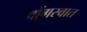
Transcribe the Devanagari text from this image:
वोंगस्वात